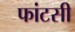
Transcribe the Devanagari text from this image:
फांटसी